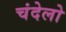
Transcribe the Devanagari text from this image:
चंदेलो